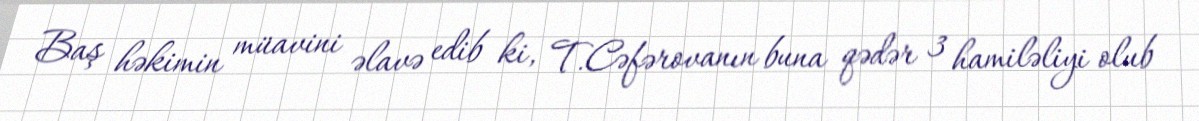
Baş həkimin müavini əlavə edib ki, T.Cəfərovanın buna qədər 3 hamiləliyi olub